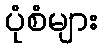
ပုံစံများ